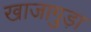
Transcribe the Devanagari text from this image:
खाजागुड़ा